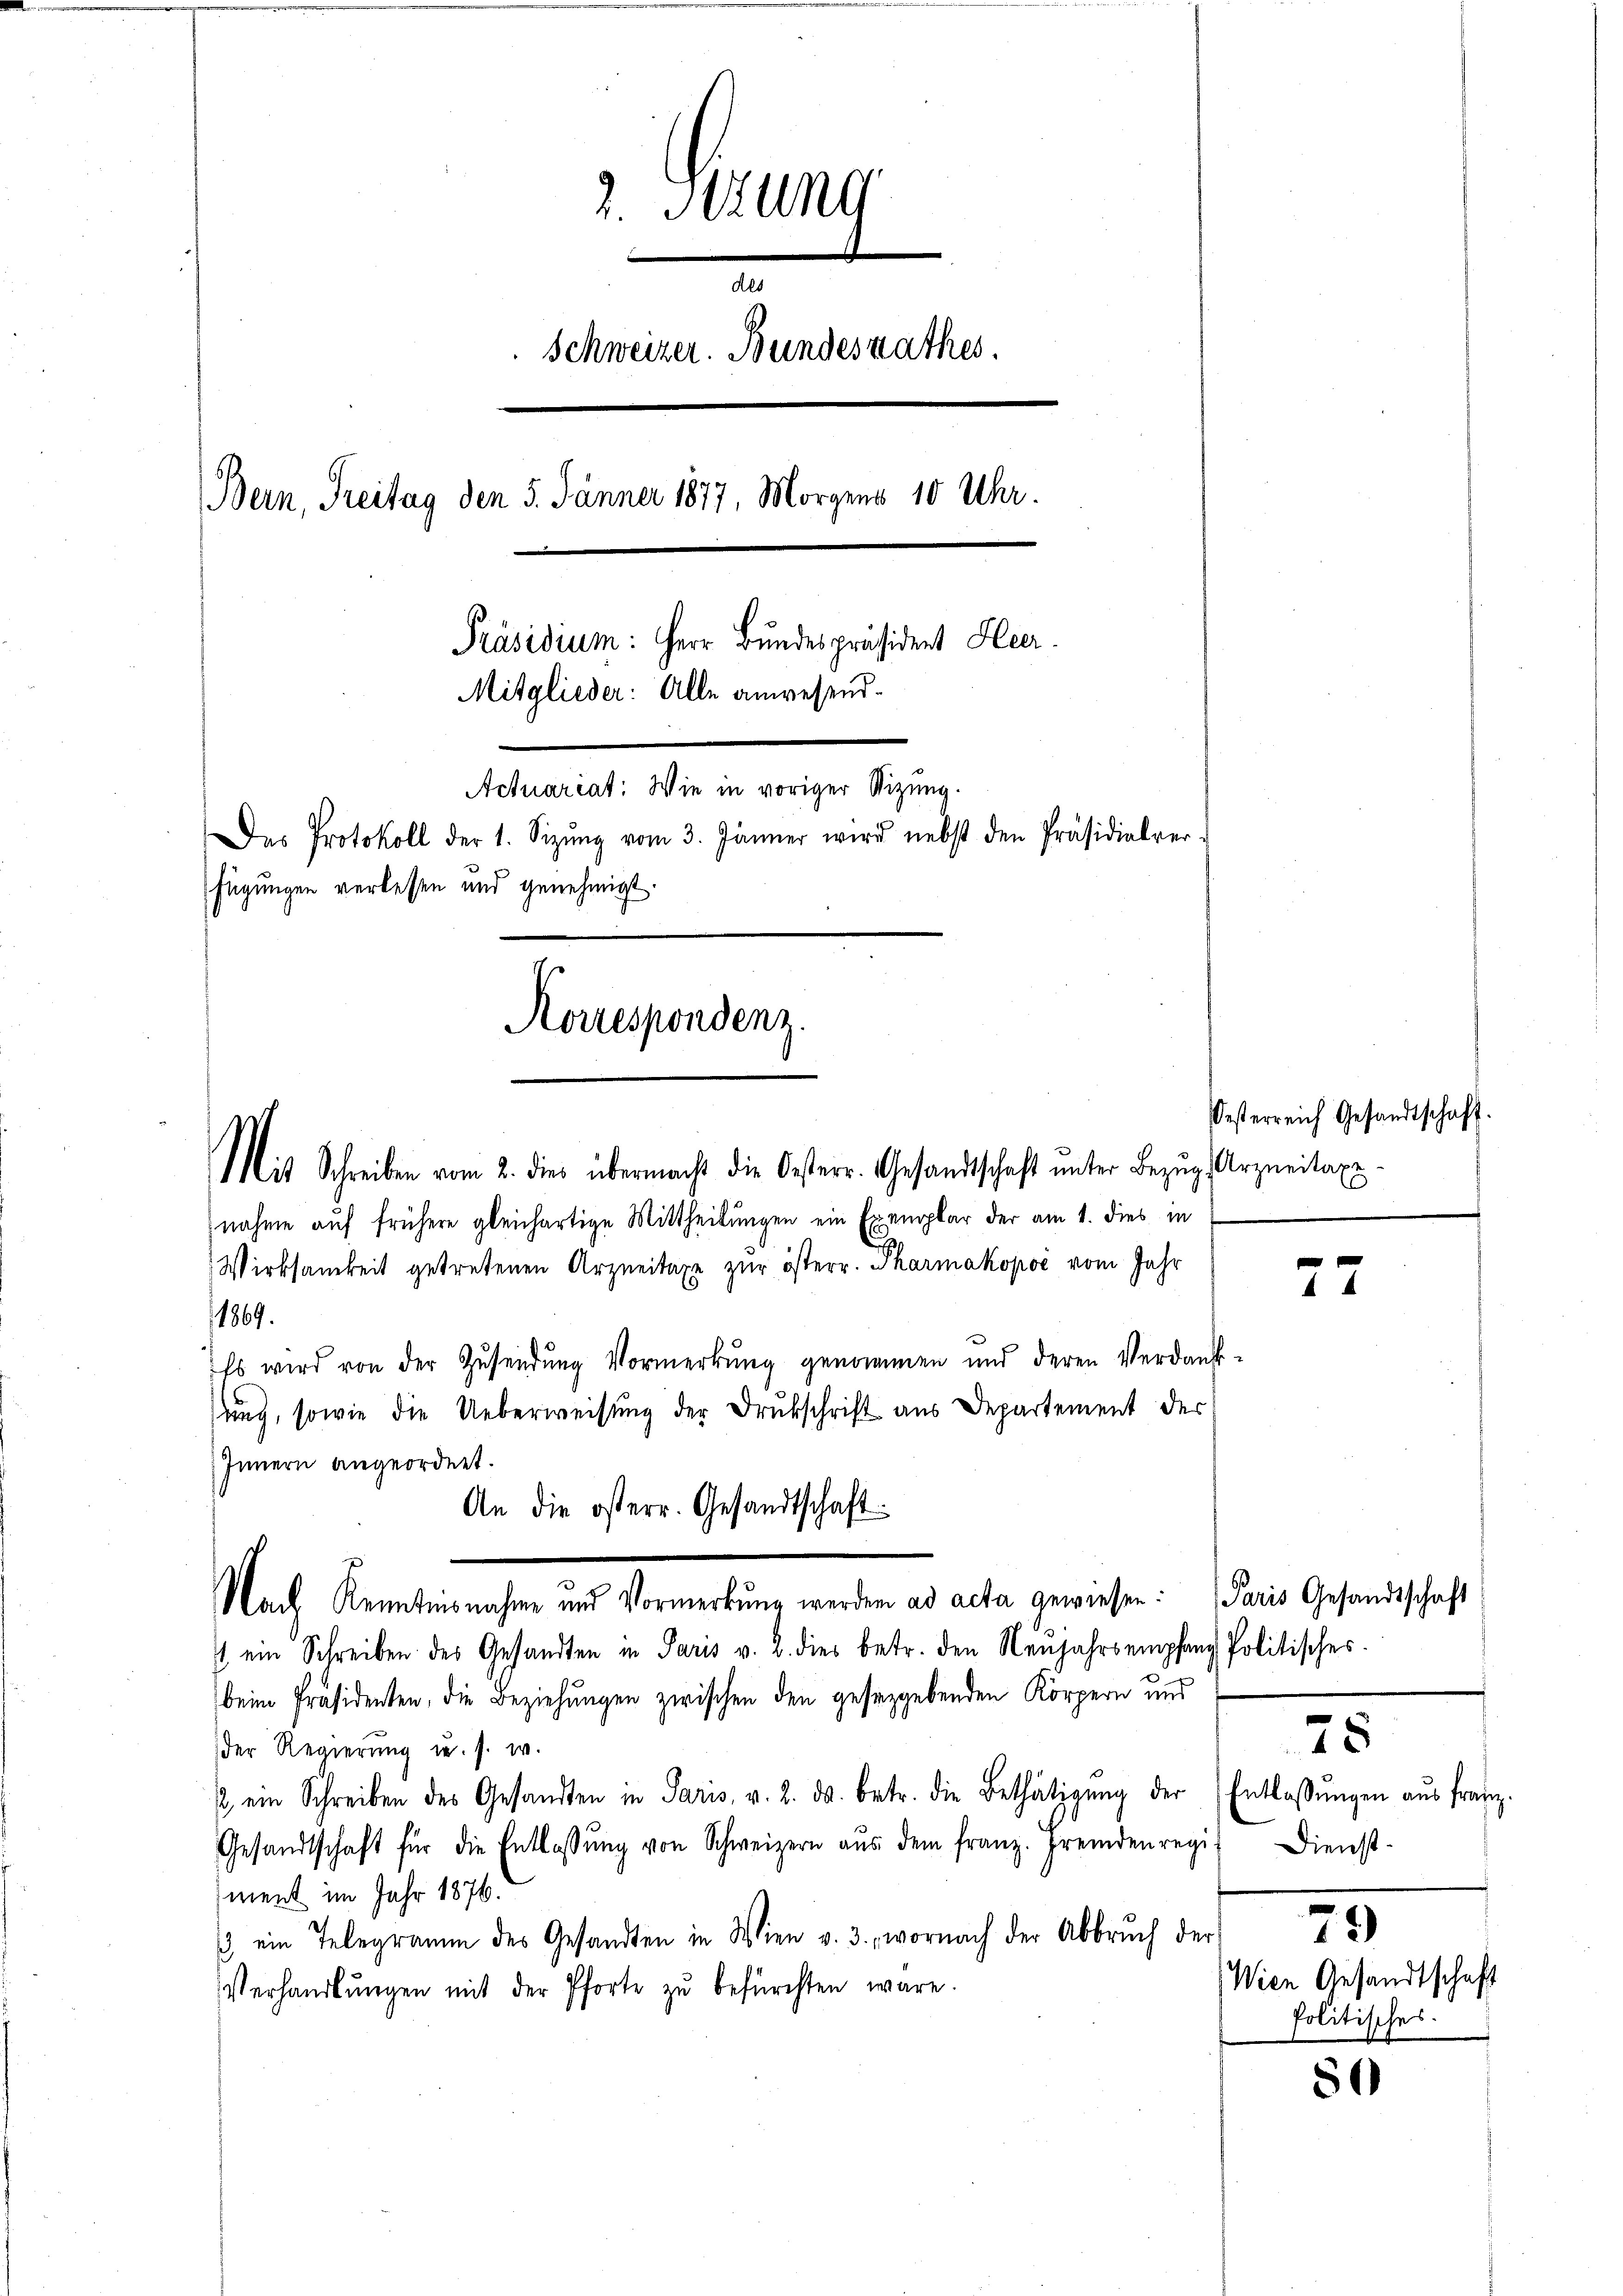
2. Stzung
des
Schweizer. Bundesrathes.
Bern, Treitag den 5. Jänner 1877, Morgens 10 Uhr.
Präsidium: Herr Bundespräsident Heer.
Mitglieder: Alle anwesend.
Actuariat. Wie in voriger Stizung.
Der Protokoll der 1. Sizŭng vom 3. Jänner wird nebst den Präsidialver-
fügungen verlesen und genehmigt.

Korrespondenz.
Mit Schreiben vom 2. dies übermacht die Oesterr. Gesandtschaft unter Bezug, Arzneitaxe

nahme auf frühere gleichartige Mittheilungen ein Exemplar der am 1. dies in
Wirksamkeit getretenen Arzneitaxe zur österr. Pharmakopoć vom Jahr
1869.
Es wird von der Zŭsendŭng Vormerkŭng genommen und deren Verdank-
ung, sowie die Ueberweisung der Drukschrift aus Departement der
Innern angeordnet.
An die österr. Gesandtschaft.
Nach Kenntnisnahme und Vormerkŭng werden ad acta gewiesen: Paris Gesandtschaft
1 ein Schreiben des Gesandten in Paris v. 2. dies betr. den Neujahrs empfand Politisches.
beim Präsidenten, die Beziehungen zwischen den geseggebenden Körpern und
der Regierung u. s. w.
2 ein Schreiben des Gesandten in Paris, v. 2. ds. betr. die Bethätigŭng der Entlassŭngen aus franz.
Gesandtschaft für die Entlassŭng von Schweizern aŭs dem franz. Fremdenregis Dienst-
ment im Jahr 1876.
/ ein Telegramm des Gesandten in Wien v. 3., wornach der Abbrŭch der
Verhandlŭngen mit der Pforte zŭ befürchten wäre.

Österreich Gesandtschaft.

25

80

73
Wien Gesandtschaft
Politisches.